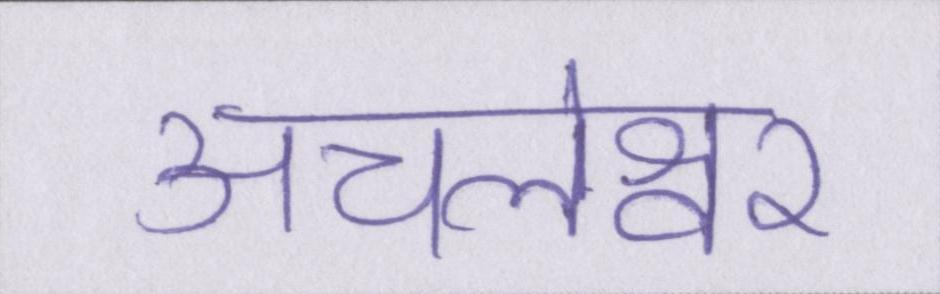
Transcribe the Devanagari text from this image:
अचलेश्वर